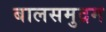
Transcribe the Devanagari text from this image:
बालसमुद्रम